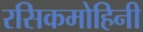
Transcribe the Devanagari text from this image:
रसिकमोहिनी